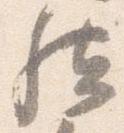
然